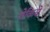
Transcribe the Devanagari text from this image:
रोकिये